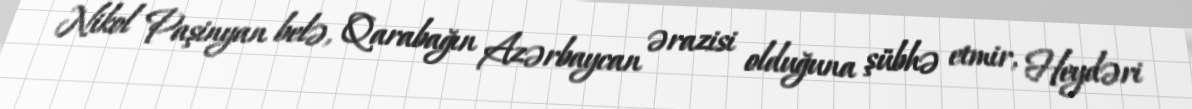
Nikol Paşinyan belə, Qarabağın Azərbaycan ərazisi olduğuna şübhə etmir, Heydəri